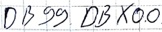
Text: DB99.DBX0.0